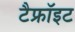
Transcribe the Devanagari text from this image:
टैफ्रॉइट